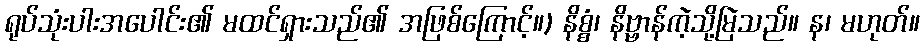
ရုပ်သုံးပါးအပေါင်း၏ မထင်ရှားသည်၏ အဖြစ်ကြောင့်။) နိစ္စံ၊ နိဗ္ဗာန်ကဲ့သို့မြဲသည်။ န၊ မဟုတ်။